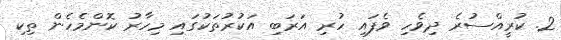
2. ކުރީއްސުރެ ދިވެހި ވެފައި ހުރި އަރަބި އަކުރުތަކުގައި މިހާރު ކޮންމެހެން ތިކި